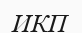
ИКП